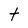
Character: t